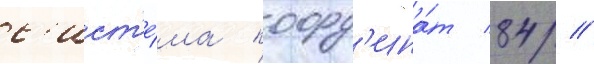
с'ист'е́ма коорд'ина́т 84 //